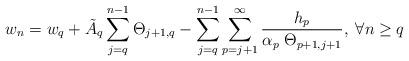
LaTeX: \begin{align*}w_{n}=w_{q}+\tilde{A}_{q}\sum_{j=q}^{n-1}\Theta_{j+1,q}-\sum_{j=q}^{n-1} \sum_{p=j+1}^{\infty}\frac{h_{p}}{\alpha_{p}\;\Theta_{p+1,j+1}}, \; \forall n\ge q\end{align*}